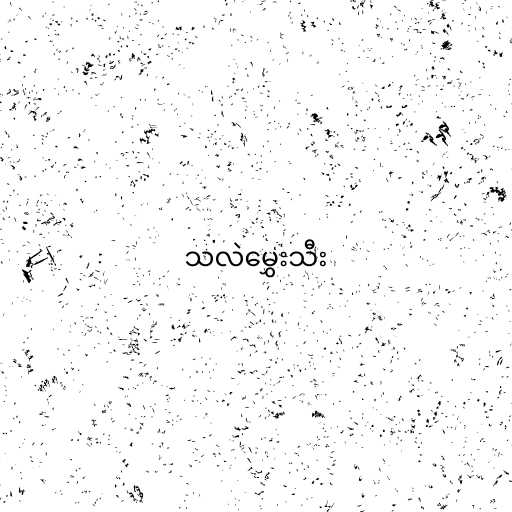
သလဲမွှေးသီး